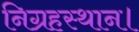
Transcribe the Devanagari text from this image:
निग्रहस्थान।